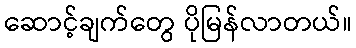
ဆောင့်ချက်တွေ ပိုမြန်လာတယ်။